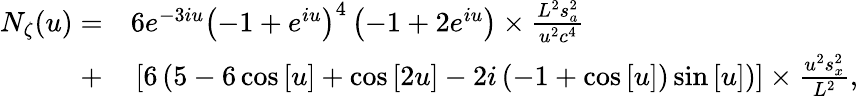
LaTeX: \begin{array}{rl}{{N_{\zeta}}(u)=}&{{}6{e^{-3iu}}{\left({-1+{e^{iu}}}\right)^{4}}\left({-1+2{e^{iu}}}\right)\times\frac{{{L^{2}}s_{a}^{2}}}{{{u^{2}}{c^{4}}}}}\\ {+}&{{}\left[{6\left({5-6\cos\left[u\right]+\cos\left[{2u}\right]-2i\left({-1+\cos\left[u\right]}\right)\sin\left[u\right]}\right)}\right]\times\frac{{{u^{2}}s_{x}^{2}}}{{{L^{2}}}},}\end{array}